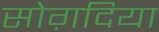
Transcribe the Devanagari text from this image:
सोग़दिया